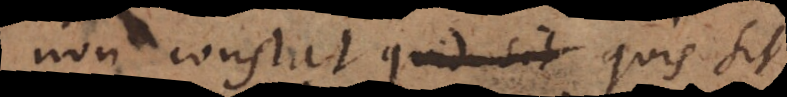
non constat quis sit quotiens,